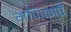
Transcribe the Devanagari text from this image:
गणिकाएँ